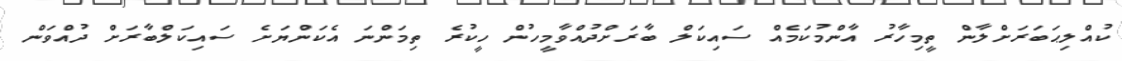
ކުއްލިޙަބަރަށްލާން ތީމިހާރު އާންމުކަމެއް ސައިކަލް ބާރަށްދުއްވާމީހުން ހީކުރެ ތިމަންނަ އެކަންޔަށެ ސައިކަލްބާރަށް ދުއްވަން